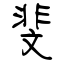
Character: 斐